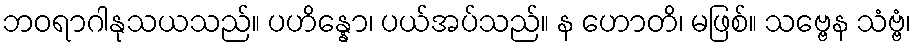
ဘဝရာဂါနုသယသည်။ ပဟိန္နော၊ ပယ်အပ်သည်။ န ဟောတိ၊ မဖြစ်။ သဗ္ဗေန သံဗ္ဗံ၊